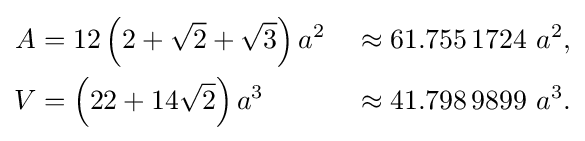
{\begin{aligned}A&=12\left(2+{\sqrt {2}}+{\sqrt {3}}\right)a^{2}&&\approx 61.755\,1724~a^{2},\\V&=\left(22+14{\sqrt {2}}\right)a^{3}&&\approx 41.798\,9899~a^{3}.\end{aligned}}